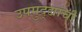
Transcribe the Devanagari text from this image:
उपमुद्द्यांची